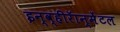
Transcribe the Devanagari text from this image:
इन्व्हीरॅान्मेंटल